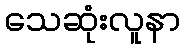
သေဆုံးလူနာ